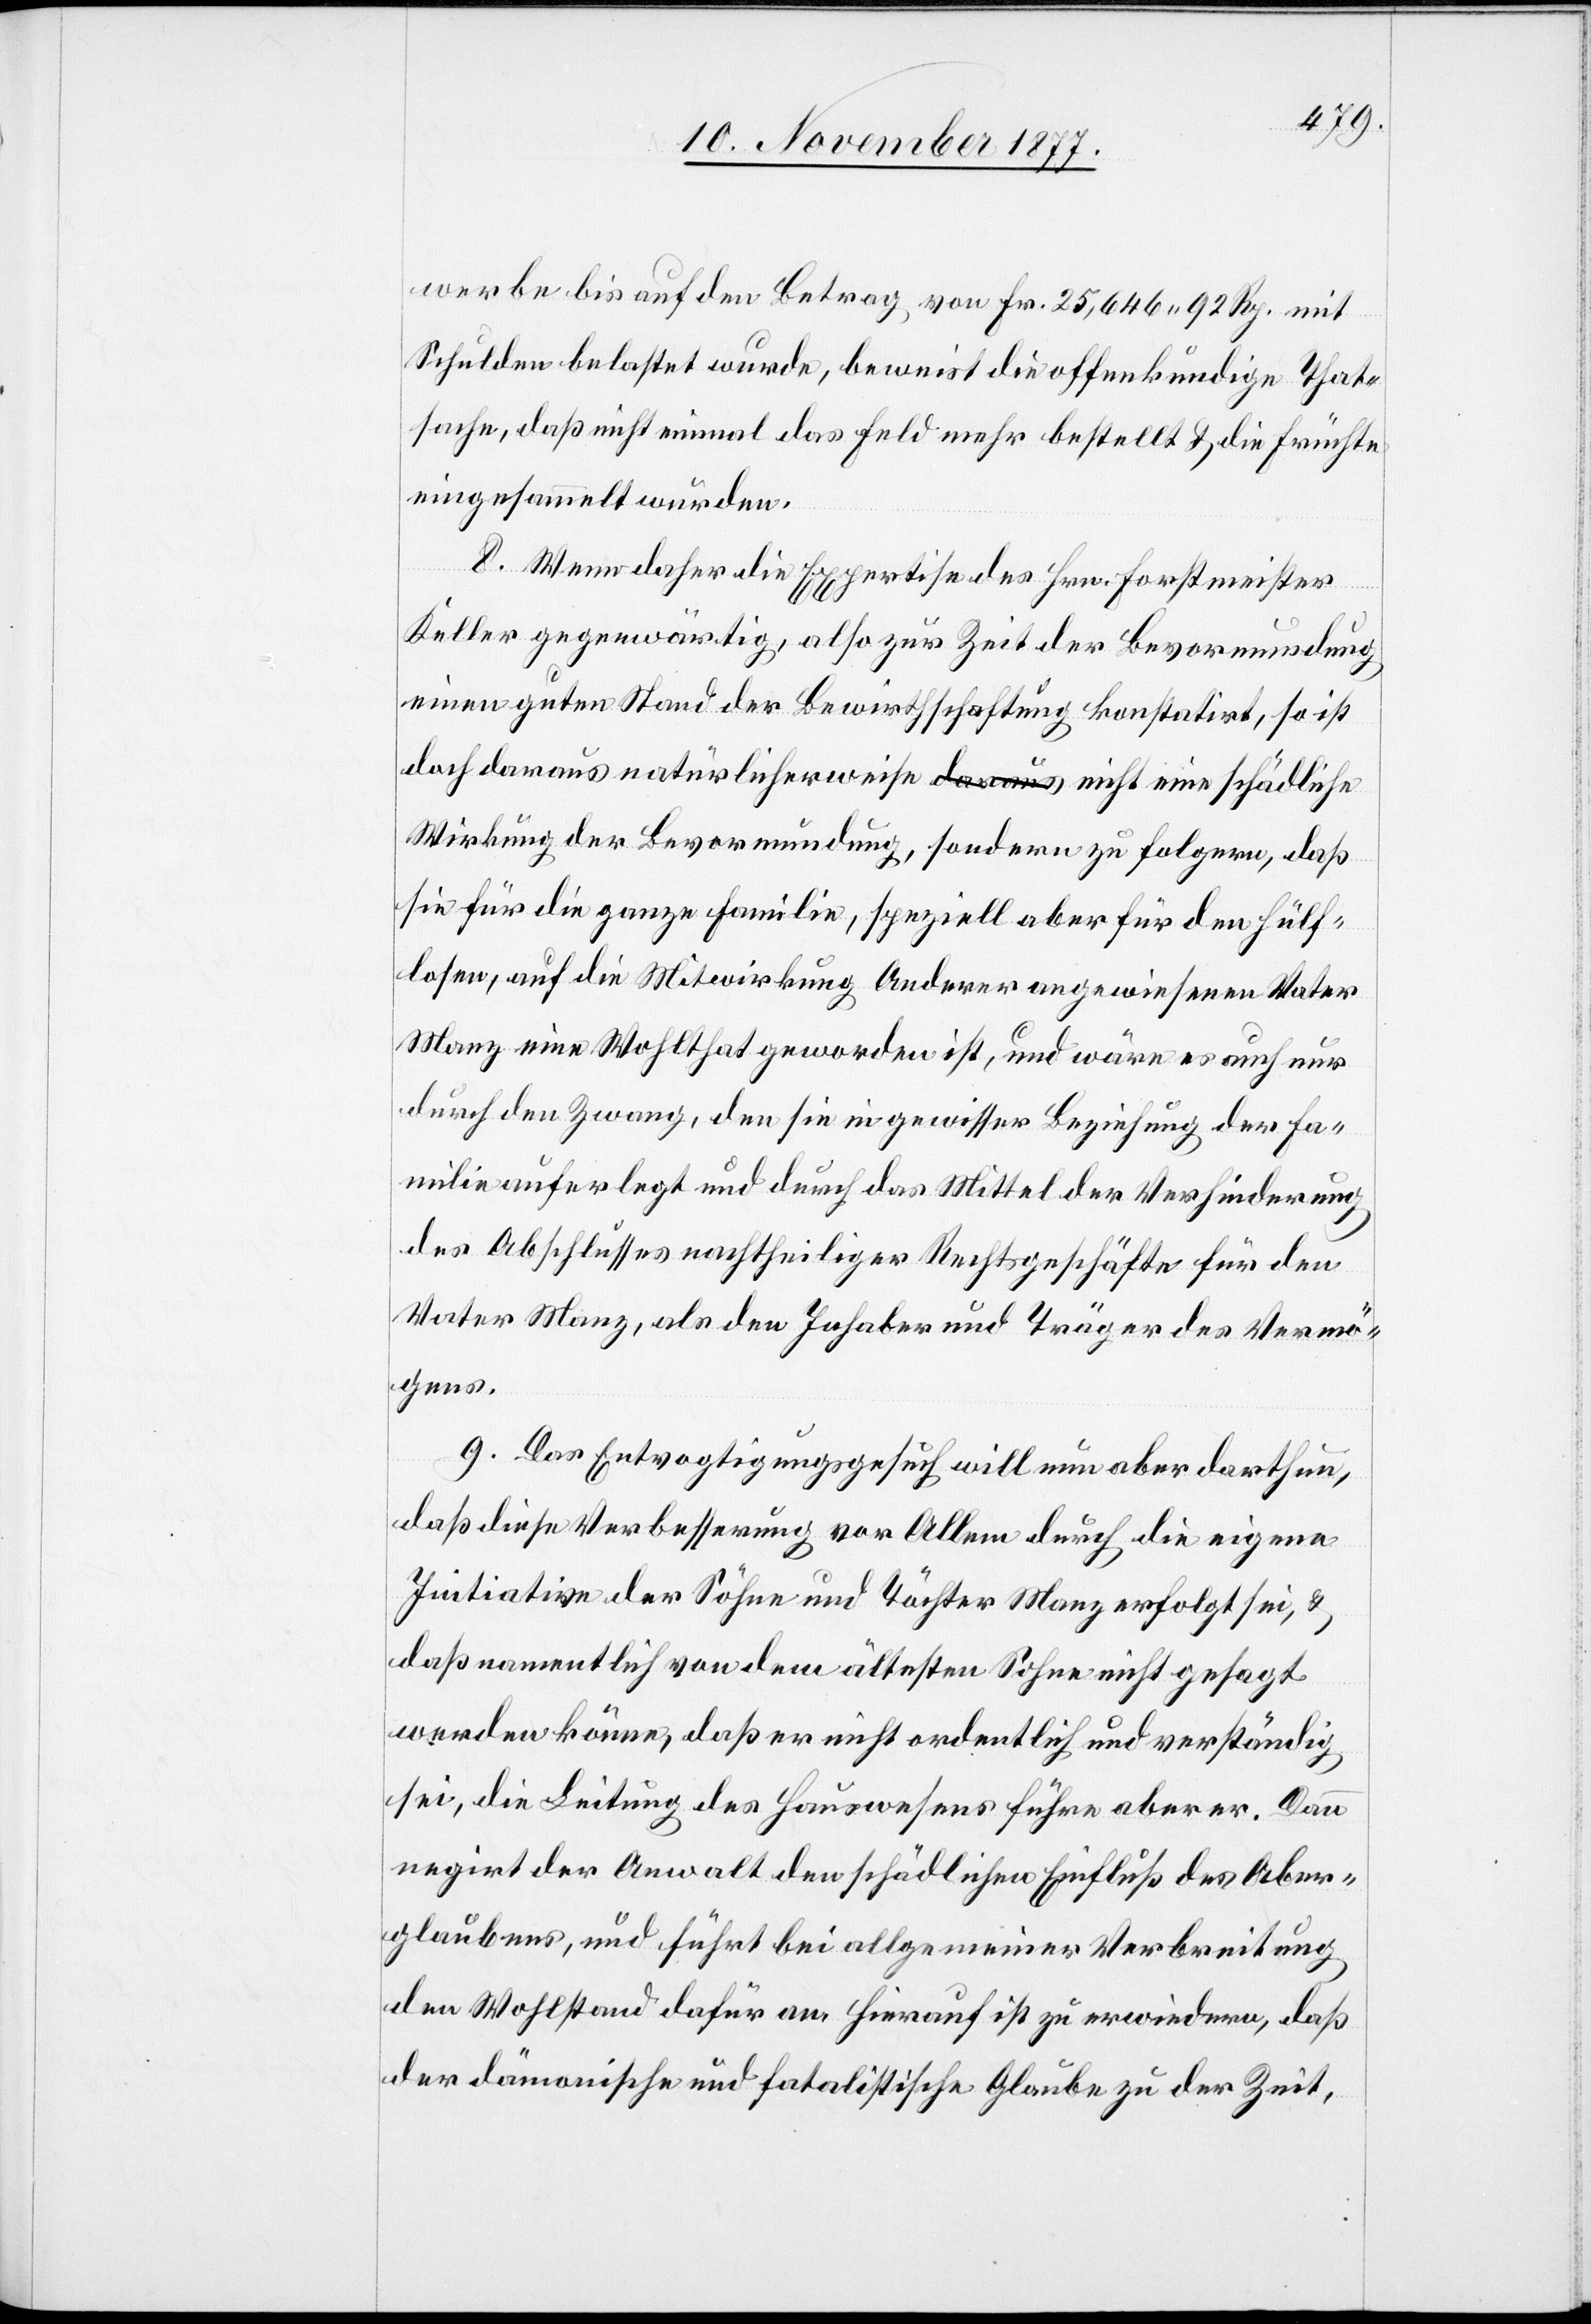
werbe bis auf den Betrag von Fr. 25,646 92 Rp. mit
Schulden belastet wurde, beweist die offenkundige That¬
sache, daß nicht einmal das Feld mehr bestellt & die Früchte
eingesammelt würden.
8. Wenn daher die Expertise des Hrn. Forstmeister
Keller gegenwärtig, also zur Zeit der Bevormundung
einen guten Stand der Bewirthschaftung konstatirt, so ist
doch daraus natürlicherweise a-daraus-a nicht eine schädliche
Wirkung der Bevormundung, sondern zu folgern, daß
sie für die ganze Familie, speziell aber für den Hülf¬
losen, auf die Mitwirkung Anderer angewiesenen Vater
Manz eine Wohlthat geworden ist, und wäre es auch nur
durch den Zwang, den sie in gewisser Beziehung der Fa¬
milie auferlegt und durch das Mittel der Verhinderung
des Abschlusses nachtheiliger Rechtsgeschäfte für den
Vater Manz, als den Inhaber und Träger des Vermö¬
gens.
9. Das Entvogtigungsgesuch will nun aber darthun,
daß diese Verbesserung vor Allem durch die eigene
Initiative der Söhne und Töchter Manz erfolgt sei, &
daß namentlich von dem ältesten Sohne nicht gesagt
werden könne, daß er nicht ordentlich und verständig
sei, die Leitung des Hauswesens führe aber er. Dann
negirt der Anwalt den schädlichen Einfluß des Aber¬
glaubens, und führt bei allgemeiner Verbreitung
den Wohlstand dafür an. Hierauf ist zu erwiedern, daß
der dämonische und fatalistische Glaube zu der Zeit,